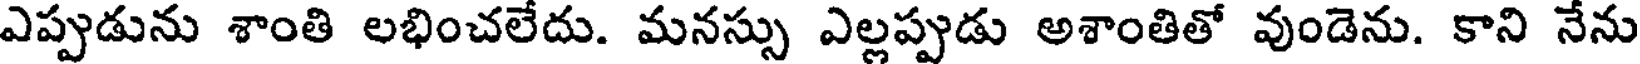
ఎప్పుడును శాంతి లభించలేదు. మనస్సు ఎల్లప్పుడు అశాంతితో వుండెను. కాని నేను